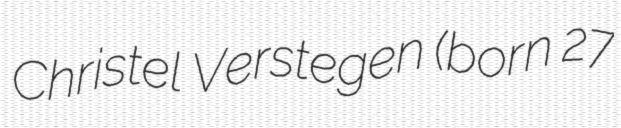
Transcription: Christel Verstegen (born 27